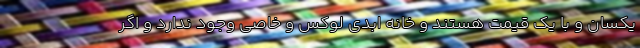
یکسان و با یک قیمت هستند و خانه ابدی لوکس و خاصی وجود ندارد و اگر